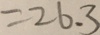
= 2 6 . 3